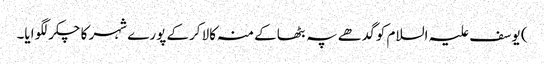
) یوسف علیہ السلام کو گدھے پہ بٹھاکے منہ کالا کرکے پورے شہر کا چکر لگوایا۔